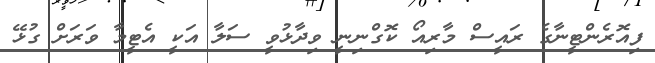
ފިއޮރެންޓީނާގެ ރައީސް މާރިއޯ ކޮގްނިނީ ވިދާޅުވީ ސަލާ އަކީ އެޓީމާ ވަރަށް ގުޅޭ